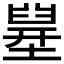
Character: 𡐪